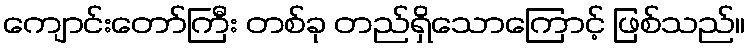
ကျောင်းတော်ကြီး တစ်ခု တည်ရှိသောကြောင့် ဖြစ်သည်။